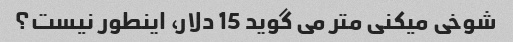
شوخی میکنی متر می گوید 15 دلار، اینطور نیست؟